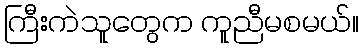
ကြီးကဲသူတွေက ကူညီမစမယ်။